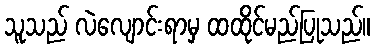
သူသည် လဲလျောင်းရာမှ ထထိုင်မည်ပြုသည်။